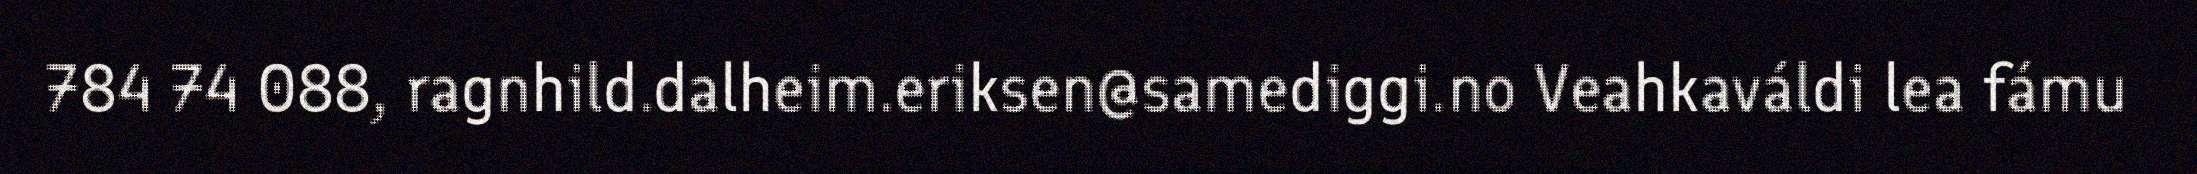
784 74 088, ragnhild.dalheim.eriksen@samediggi.no Veahkaváldi lea fámu